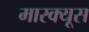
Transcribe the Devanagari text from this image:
मारक्यूस